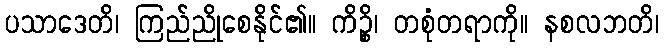
ပသာဒေတိ၊ ကြည်ညိုစေနိုင်၏။ ကိဉ္စိ၊ တစုံတရာကို။ နစလဘတိ၊